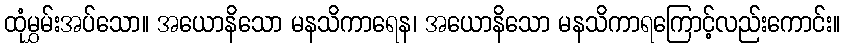
ထုံမွှမ်းအပ်သော။ အယောနိသော မနသိကာရေန၊ အယောနိသော မနသိကာရကြောင့်လည်းကောင်း။